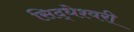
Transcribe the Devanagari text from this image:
सिद्धेश्‍वरी